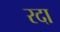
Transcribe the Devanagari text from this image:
रदा